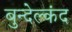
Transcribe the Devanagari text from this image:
बुन्देल्कंद